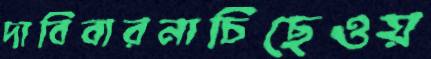
দাবিবারনাচিছেওয়